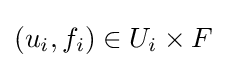
(u_{i},f_{i})\in U_{i}\times F